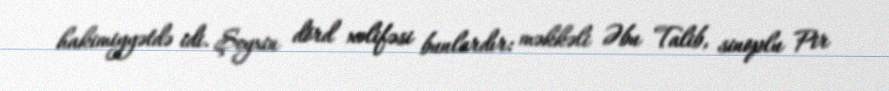
hakimiyyətdə idi. Şeyxin dörd xəlifəsi bunlardır: məkkəli Əbu Talib, sinoplu Pir